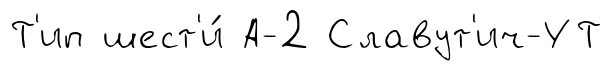
Т'ип шест'и́ А-2 Славут'ич-УТ